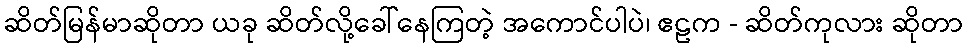
ဆိတ်မြန်မာဆိုတာ ယခု ဆိတ်လို့ခေါ်နေကြတဲ့ အကောင်ပါပဲ၊ ဧဠက - ဆိတ်ကုလား ဆိုတာ